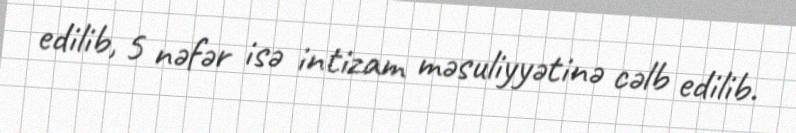
edilib, 5 nəfər isə intizam məsuliyyətinə cəlb edilib.